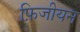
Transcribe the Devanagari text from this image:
फ़िजीयन